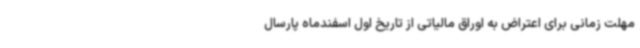
مهلت زمانی برای اعتراض به اوراق مالیاتی از تاریخ اول اسفندماه پارسال